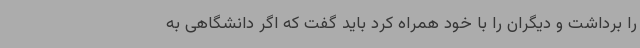
را برداشت و دیگران را با خود همراه کرد باید گفت که اگر دانشگاهی به